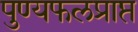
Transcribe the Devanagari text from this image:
पुण्यफलप्राप्त